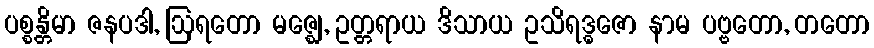
ပစ္စန္တိမာ ဇနပဒါ, ဩရတော မဇ္ဈေ, ဥတ္တရာယ ဒိသာယ ဥသိရဒ္ဓဇော နာမ ပဗ္ဗတော, တတော